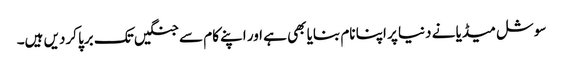
سوشل میڈیا نے دنیا پر اپنا نام بنایا بھی ہے اور اپنے کام سے جنگیں تک برپا کردیں ہیں۔